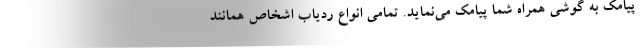
پیامک به گوشی همراه شما پیامک می‌نماید. تمامی انواع ردیاب اشخاص همانند